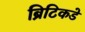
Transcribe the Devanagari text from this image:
ब्रिटिकडे